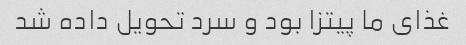
غذای ما پیتزا بود و سرد تحویل داده شد